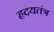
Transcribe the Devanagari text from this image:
हृदयतंत्र